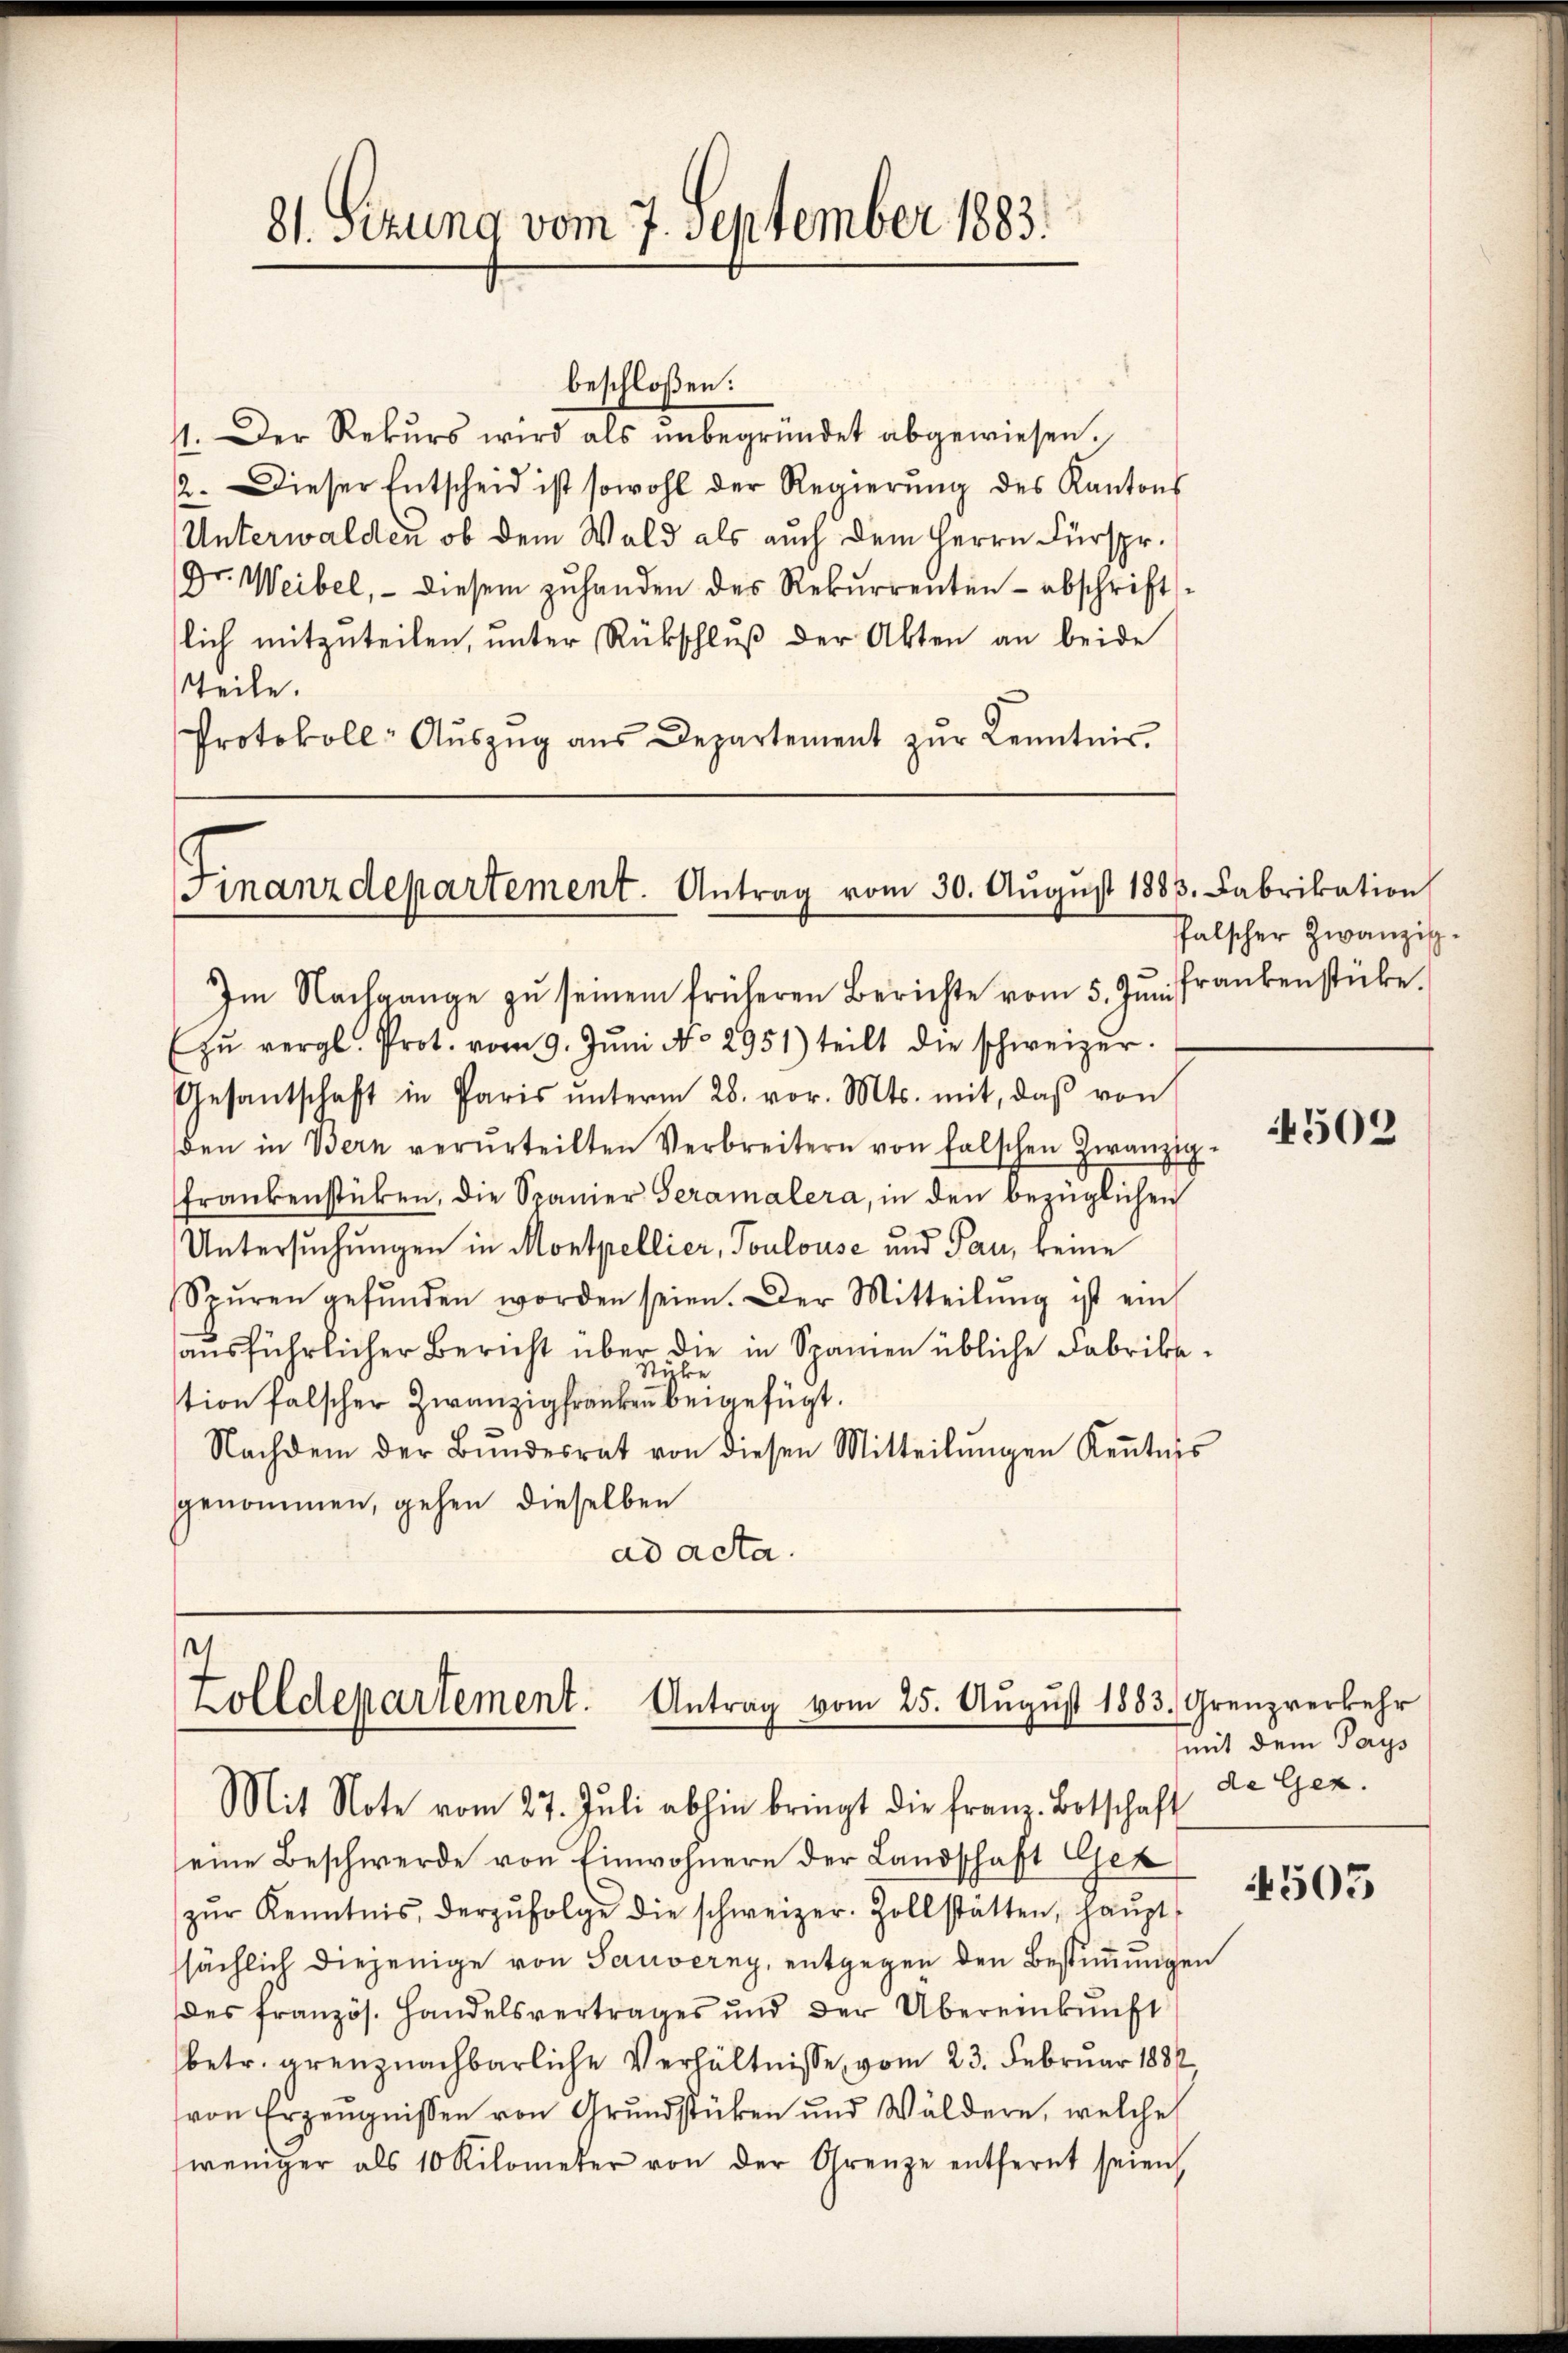
beschloßen:
11. Der Rekŭrs wird als ŭnbegründet abgewiesen.
2. Dieser Entscheid ist sowohl der Regierŭng des Kantons
Unterwalden ob dem Wald als auch dem Herrn Fürspr.
Gr. Weibel, - diesem zŭ handen des Rekŭrrenten abschrift
lich mitzuteilen, unter Rückschluß der Akten an beide
Teile.
Protokoll- Aŭszŭg aŭs Departement zŭr Kenntnis

31. Sizung vom 7. September 1883.

Finanzdepartement. Antrag vom 30. Aŭgŭst 1883. Fabrikation

Im Nachgange zŭ seinem früheren Berichte vom 5. Jŭr frankenstücke.
(zŭ vergl. Prot. vom 9. Jŭni No 2951) teilt die schweizer.
Gesantschaft in Paris ŭnterm 28. vor. Mts. mit, daß von
den in Bern verurteilten Verbreitern von falschen Zwanzig.
frankenstücken, die Spanier Geramalera, in den bezüglichen
Untersŭchŭngen in Montpellier, Toulouse und Pan, keine
Spŭren gefŭnden worden seien. Der Mitteilŭng ist ein
ausführlicher Bericht über die in Spanien übliche Fabrikast.
e
tion falscher Zwanzig franken beigefügt.
Nachdem der Bŭndesrat von diesen Mitteilŭngen Keṅtnis
genommen, gehen dieselben
ad acta.

)
Zolldepartement. Antrag vom 25. Aŭgŭst 1883. Grenzverkehr
Mit Note vom 27. Jŭli abhin bringt die franz. Botschaft

seine Beschwerde von Einwohnern der Landschaft Gez
zŭr Kenntnis, der zŭfolge die schweizer. Zollstätten, haŭpt
sächlich diejenige von Sauverny, entgegen den Bestimmungen
des französ. Handelsvertrages und der Übereinkunft
betr. grenznachbarliche Verhältnisse, vom 23. Februar 1881
von Erzeugnissen von Grundstücken und Wäldern, welche
weniger als 10 Kilometer von der Grenze entfernt seien

Pfalscher Zwanzisch.

4502

mit dem Pays
de Gez.

4503